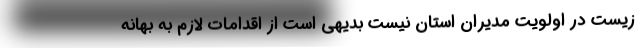
زیست در اولویت مدیران استان نیست بدیهی است از اقدامات لازم به بهانه